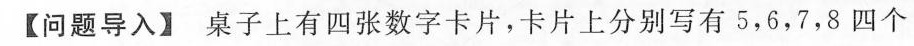
【问题导入】桌子上有四张数字卡片，卡片上分别写有5，6，7，8四个